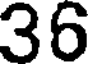
36